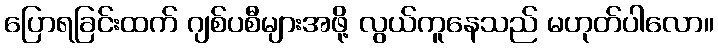
ပြောရခြင်းထက် ဂျစ်ပစီများအဖို့ လွယ်ကူနေသည် မဟုတ်ပါလော။